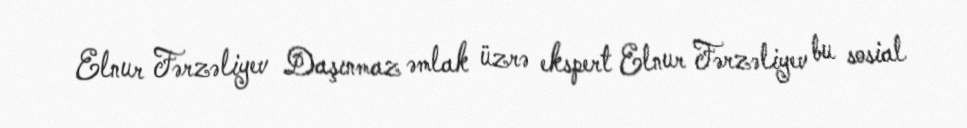
Elnur Fərzəliyev Daşınmaz əmlak üzrə ekspert Elnur Fərzəliyev bu sosial